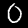
Digit: 0